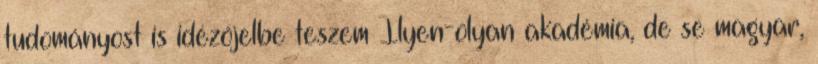
tudományost is idézőjelbe teszem Ilyen-olyan akadémia, de se magyar,